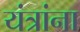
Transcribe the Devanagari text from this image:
यंत्रांना